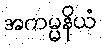
အကမ္မနိယံ